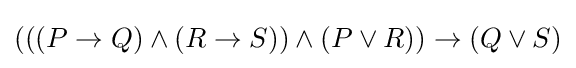
(((P\to Q)\land (R\to S))\land (P\lor R))\to (Q\lor S)